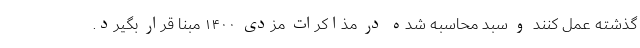
گذشته عمل کنند و سبد محاسبه شده در مذاکرات مزدی ۱۴۰۰ مبنا قرار بگیرد.